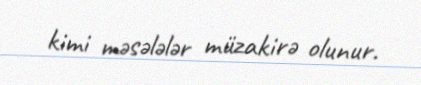
kimi məsələlər müzakirə olunur.